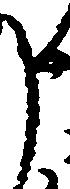
申